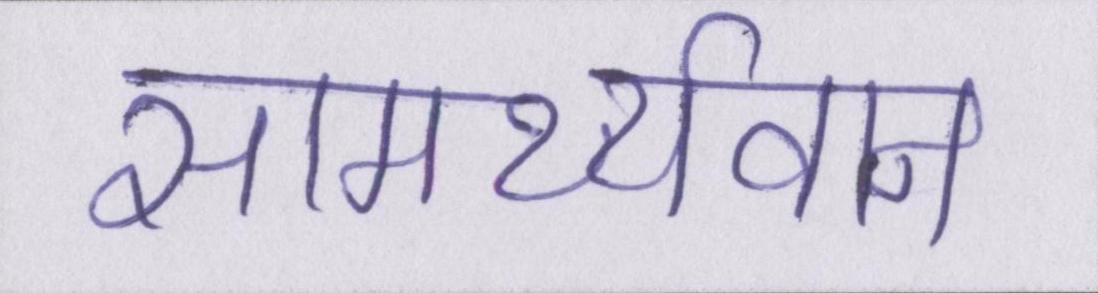
सामर्थ्यवान